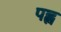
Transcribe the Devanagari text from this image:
पह्ल